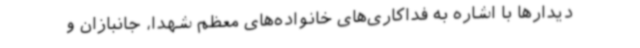
دیدارها با اشاره به فداکاری‌های خانواده‌های معظم شهدا، جانبازان و